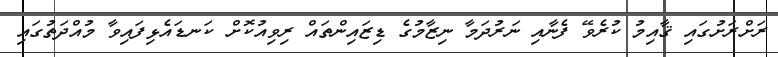
ރަށްރަށުގައި ޤާއިމު ކުރެވޭ ފެނާއި ނަރުދަމާ ނިޒާމުގެ ޑިޒައިންތައް ރިވިއުކޮށް ކަނޑައެޅިފައިވާ މުއްދަތުގައި